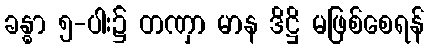
ခန္ဓာ ၅-ပါး၌ တဏှာ မာန ဒိဋ္ဌိ မဖြစ်စေရန်